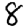
Digit: 8